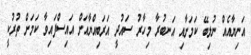
އަނިޔާއެއް ނުލިބޭ ކަމަށާއި އަނބުރާ މިހާރު ސައުދީ އަރަބިއްޔާއަށް އައިސްފައިވާ ކަމަށް ތުރުކީ